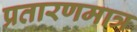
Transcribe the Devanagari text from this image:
प्रतारणमात्र